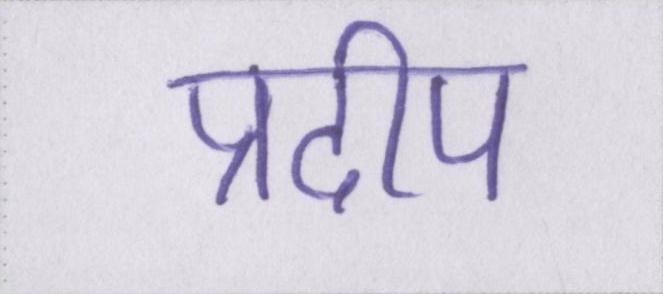
प्रदीप